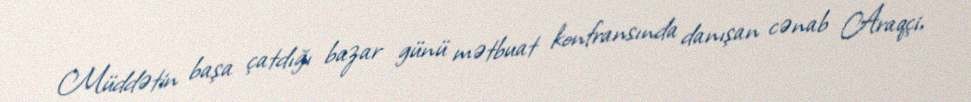
Müddətin başa çatdığı bazar günü mətbuat konfransında danışan cənab Araqçi,